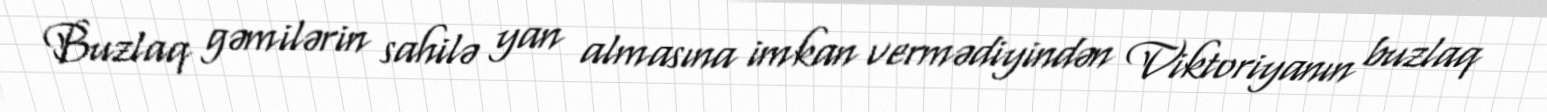
Buzlaq gəmilərin sahilə yan almasına imkan vermədiyindən Viktoriyanın buzlaq